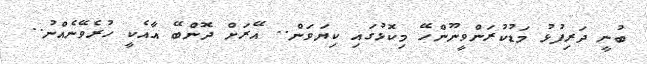
ބުނީ ދަރިފުޅު މަޑުކުރަންވީނޫންހޭ މިކޮޅުގައި ކިޔަވަން.. އޭރަށް ދޮންބޭ އާއެކީ ހުރެވޭނެއްނު..